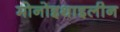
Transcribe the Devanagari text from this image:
मोनोइथाइलीन